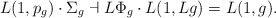
\begin{align*} L(1,p_g)\cdot{}\Sigma_g\dashv L\Phi_g\cdot{}L(1,{L}g)=L(1,g). \end{align*}